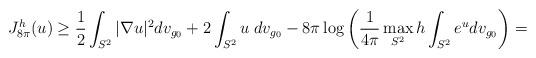
LaTeX: \begin{align*}J_{8\pi}^h(u) \ge \frac{1}{2}\int_{S^2}|\nabla u|^2 dv_{g_0} + 2\int_{S^2} u \;dv_{g_0}-8\pi \log\left(\frac{1}{4\pi}\max_{S^2} h \int_{S^2} e^{u} dv_{g_0}\right)=\end{align*}